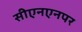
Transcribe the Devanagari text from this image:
सीएनएनपर